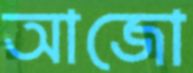
আজো